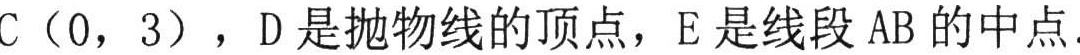
\(C(0,3)\)，\(D\)是抛物线的顶点，\(E\)是线段 \(AB\) 的中点.